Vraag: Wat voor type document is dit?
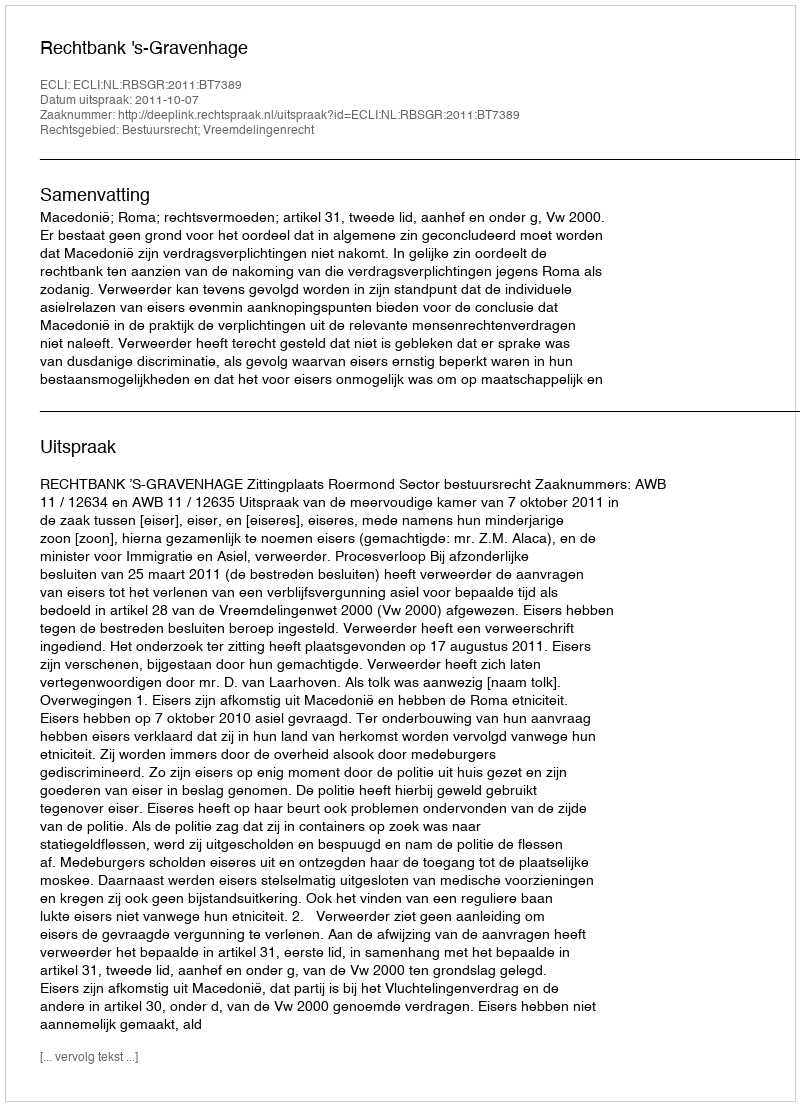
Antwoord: Uitspraak